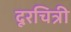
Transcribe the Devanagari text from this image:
दूरचित्री